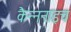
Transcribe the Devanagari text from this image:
कैन्ननाइच